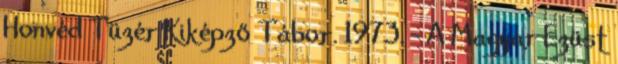
Honvéd Tüzér Kiképző Tábor. 1973. – A Magyar Ezüst